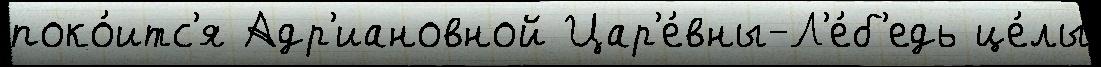
поко́итс'я Адр'иановной Цар'е́вны-Л'е́б'едь це́лы